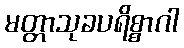
မတ္တာသုခပရိစ္စာဂါ